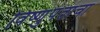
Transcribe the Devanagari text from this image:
विष्णुपंतांचा